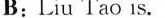
B:Liu Tao is.